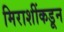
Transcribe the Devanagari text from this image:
मिराशींकडून